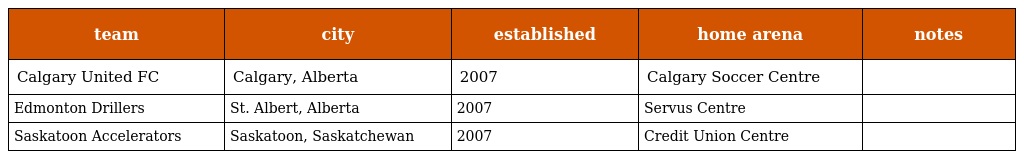
| team | city | established | home arena | notes |
 | --- | --- | --- | --- | --- |
 | Calgary United FC | Calgary, Alberta | 2007 | Calgary Soccer Centre |  |
 | Edmonton Drillers | St. Albert, Alberta | 2007 | Servus Centre |  |
 | Saskatoon Accelerators | Saskatoon, Saskatchewan | 2007 | Credit Union Centre |  |